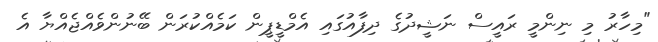
"މިހާރު މި ނިންމީ ރައީސް ނަޝީދުގެ ދިފާއުގައި އެމްޑީޕީން ކަމެއްކުރަން ބޭނުންވެއްޖެއްޔާ އެ